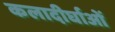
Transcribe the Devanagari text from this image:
कलादीर्घाओं